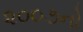
૨૦૦૭નો